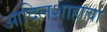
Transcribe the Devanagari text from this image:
आदिलशाहाचा